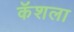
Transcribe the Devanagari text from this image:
कॅशला